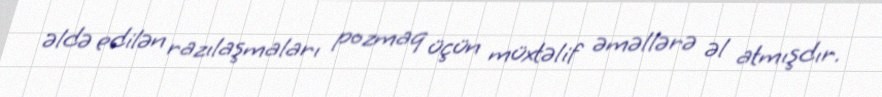
əldə edilən razılaşmaları pozmaq üçün müxtəlif əməllərə əl atmışdır.